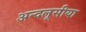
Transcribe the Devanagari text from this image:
अन्दलूसीया